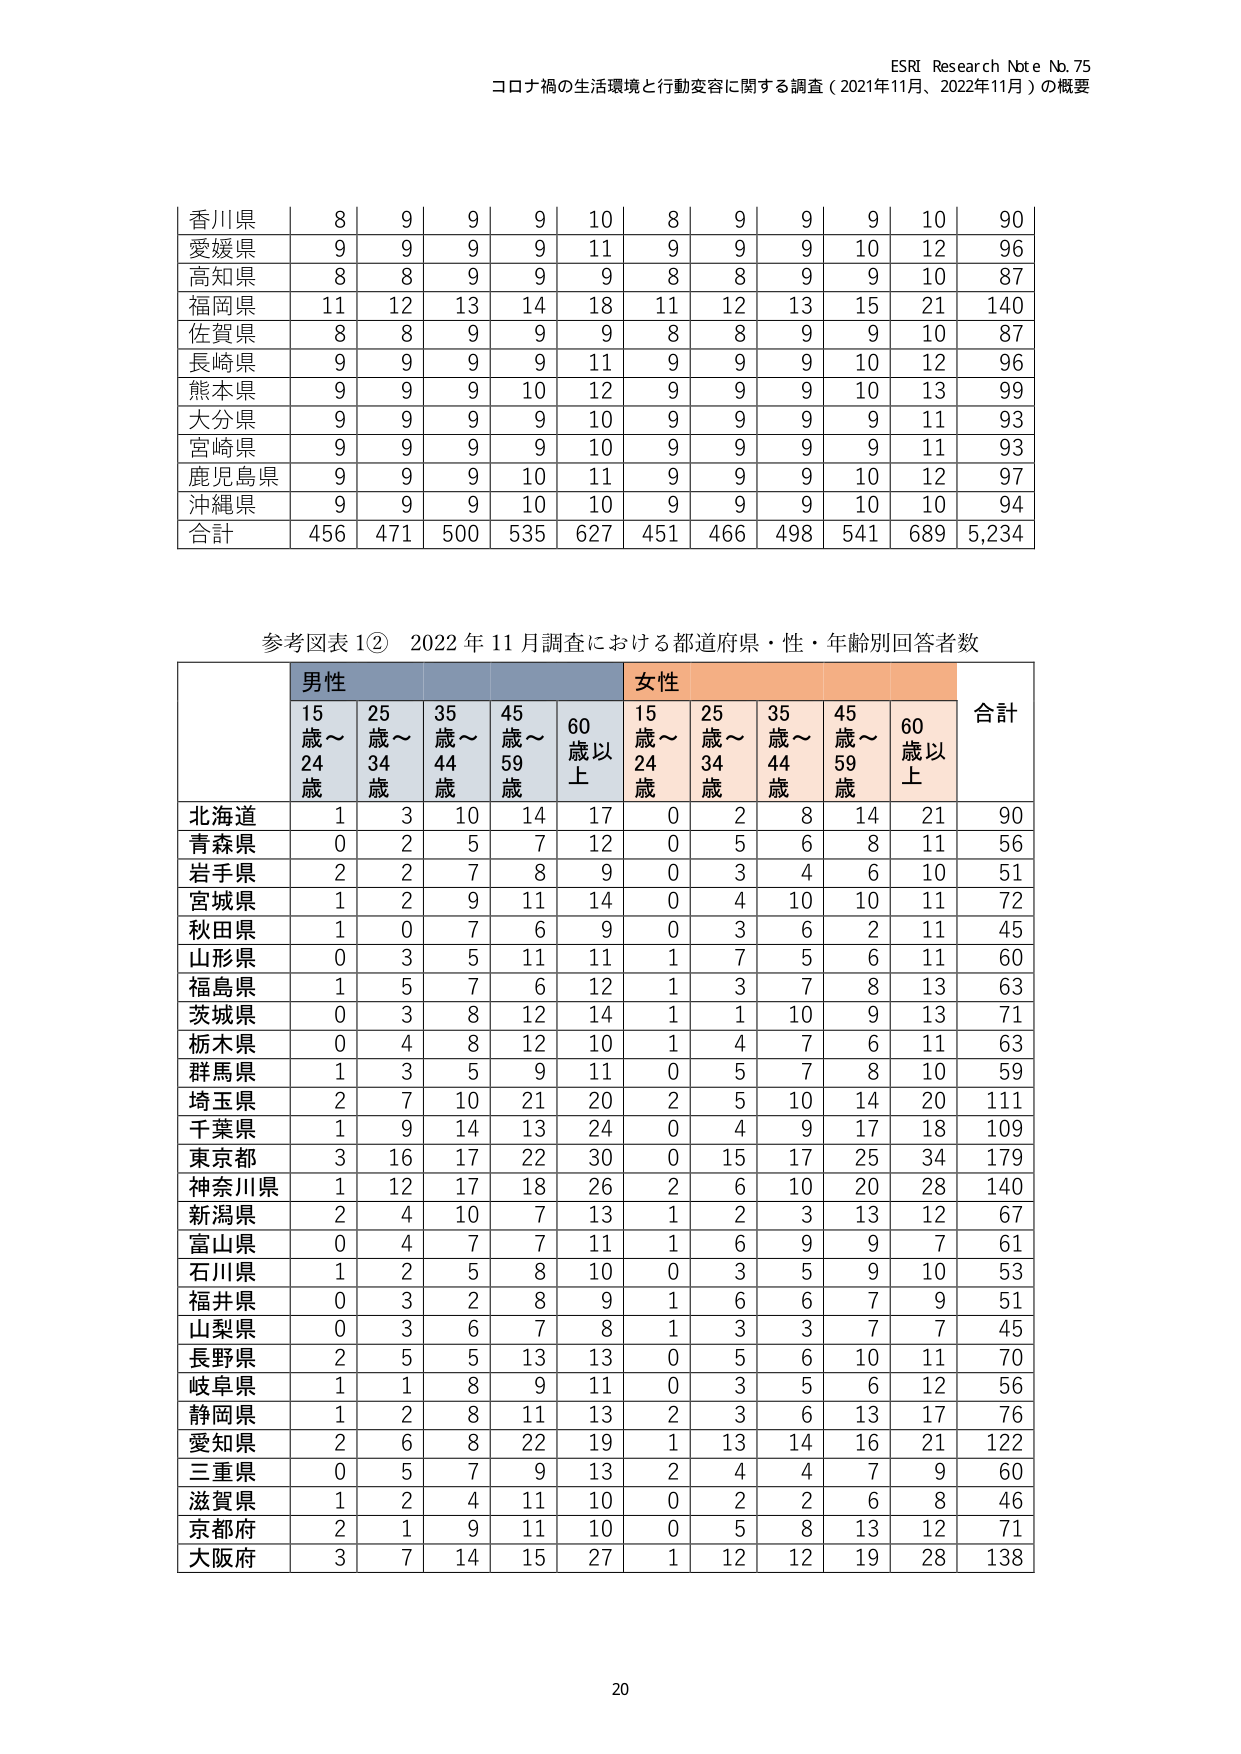
ESRI Research Note No. 75
コロナ禍の生活環境と行動変容に関する調査（2021年11月、2022年11月）の概要

香川県 | 8 | 9 | 9 | 9 | 10 | 8 | 9 | 9 | 9 | 10 | 90
愛媛県 | 9 | 9 | 9 | 9 | 11 | 9 | 9 | 9 | 10 | 12 | 96
高知県 | 8 | 8 | 9 | 9 | 9 | 8 | 8 | 9 | 9 | 10 | 87
福岡県 | 11 | 12 | 13 | 14 | 18 | 11 | 12 | 13 | 15 | 21 | 140
佐賀県 | 8 | 8 | 9 | 9 | 9 | 8 | 8 | 9 | 9 | 10 | 87
長崎県 | 9 | 9 | 9 | 9 | 11 | 9 | 9 | 9 | 10 | 12 | 96
熊本県 | 9 | 9 | 9 | 10 | 12 | 9 | 9 | 9 | 10 | 13 | 99
大分県 | 9 | 9 | 9 | 9 | 10 | 9 | 9 | 9 | 9 | 11 | 93
宮崎県 | 9 | 9 | 9 | 9 | 10 | 9 | 9 | 9 | 9 | 11 | 93
鹿児島県 | 9 | 9 | 9 | 10 | 11 | 9 | 9 | 9 | 10 | 12 | 97
沖縄県 | 9 | 9 | 9 | 10 | 10 | 9 | 9 | 9 | 10 | 10 | 94
合計 | 456 | 471 | 500 | 535 | 627 | 451 | 466 | 498 | 541 | 689 | 5,234

参考図表 1② 2022年11月調査における都道府県・性・年齢別回答者数

| | 男性 | | | | | 女性 | | | | | 合計 |
|---|---|---|---|---|---|---|---|---|---|---|---|
| | 15歳～24歳 | 25歳～34歳 | 35歳～44歳 | 45歳～59歳 | 60歳以上 | 15歳～24歳 | 25歳～34歳 | 35歳～44歳 | 45歳～59歳 | 60歳以上 | |
| 北海道 | 1 | 3 | 10 | 14 | 17 | 0 | 2 | 8 | 14 | 21 | 90 |
| 青森県 | 0 | 2 | 5 | 7 | 12 | 0 | 5 | 6 | 8 | 11 | 56 |
| 岩手県 | 2 | 2 | 7 | 8 | 9 | 0 | 3 | 4 | 6 | 10 | 51 |
| 宮城県 | 1 | 2 | 9 | 11 | 14 | 0 | 4 | 10 | 10 | 11 | 72 |
| 秋田県 | 1 | 0 | 7 | 6 | 9 | 0 | 3 | 6 | 2 | 11 | 45 |
| 山形県 | 0 | 3 | 5 | 11 | 11 | 1 | 7 | 5 | 6 | 11 | 60 |
| 福島県 | 1 | 5 | 7 | 6 | 12 | 1 | 3 | 7 | 8 | 13 | 63 |
| 茨城県 | 0 | 3 | 8 | 12 | 14 | 1 | 1 | 10 | 9 | 13 | 71 |
| 栃木県 | 0 | 4 | 8 | 12 | 10 | 1 | 4 | 7 | 6 | 11 | 63 |
| 群馬県 | 1 | 3 | 5 | 9 | 11 | 0 | 5 | 7 | 8 | 10 | 59 |
| 埼玉県 | 2 | 7 | 10 | 21 | 20 | 2 | 5 | 10 | 14 | 20 | 111 |
| 千葉県 | 1 | 9 | 14 | 13 | 24 | 0 | 4 | 9 | 17 | 18 | 109 |
| 東京都 | 3 | 16 | 17 | 22 | 30 | 0 | 15 | 17 | 25 | 34 | 179 |
| 神奈川県 | 1 | 12 | 17 | 18 | 26 | 2 | 6 | 10 | 20 | 28 | 140 |
| 新潟県 | 2 | 4 | 10 | 7 | 13 | 1 | 2 | 3 | 13 | 12 | 67 |
| 富山県 | 0 | 4 | 7 | 7 | 11 | 1 | 6 | 9 | 9 | 7 | 61 |
| 石川県 | 1 | 2 | 5 | 8 | 10 | 0 | 3 | 5 | 9 | 10 | 53 |
| 福井県 | 0 | 3 | 2 | 8 | 9 | 1 | 6 | 6 | 7 | 9 | 51 |
| 山梨県 | 0 | 3 | 6 | 7 | 8 | 1 | 3 | 3 | 7 | 7 | 45 |
| 長野県 | 2 | 5 | 5 | 13 | 13 | 0 | 5 | 6 | 10 | 11 | 70 |
| 岐阜県 | 1 | 1 | 8 | 9 | 11 | 0 | 3 | 5 | 6 | 12 | 56 |
| 静岡県 | 1 | 2 | 8 | 11 | 13 | 2 | 3 | 6 | 13 | 17 | 76 |
| 愛知県 | 2 | 6 | 8 | 22 | 19 | 1 | 13 | 14 | 16 | 21 | 122 |
| 三重県 | 0 | 5 | 7 | 9 | 13 | 2 | 4 | 4 | 7 | 9 | 60 |
| 滋賀県 | 1 | 2 | 4 | 11 | 10 | 0 | 2 | 2 | 6 | 8 | 46 |
| 京都府 | 2 | 1 | 9 | 11 | 10 | 0 | 5 | 8 | 13 | 12 | 71 |
| 大阪府 | 3 | 7 | 14 | 15 | 27 | 1 | 12 | 12 | 19 | 28 | 138 |

20